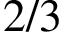
2 / 3